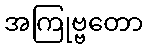
အကြုဗ္ဗတော